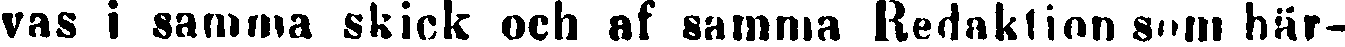
vas i samma skick och af samma Redaktion som här-